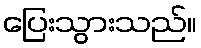
ပြေးသွားသည်။